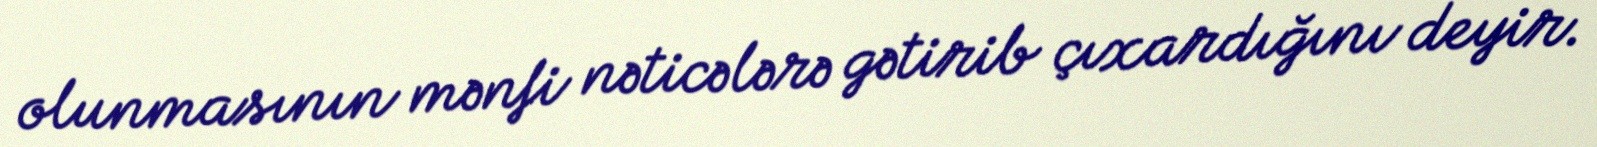
olunmasının mənfi nəticələrə gətirib çıxardığını deyir.